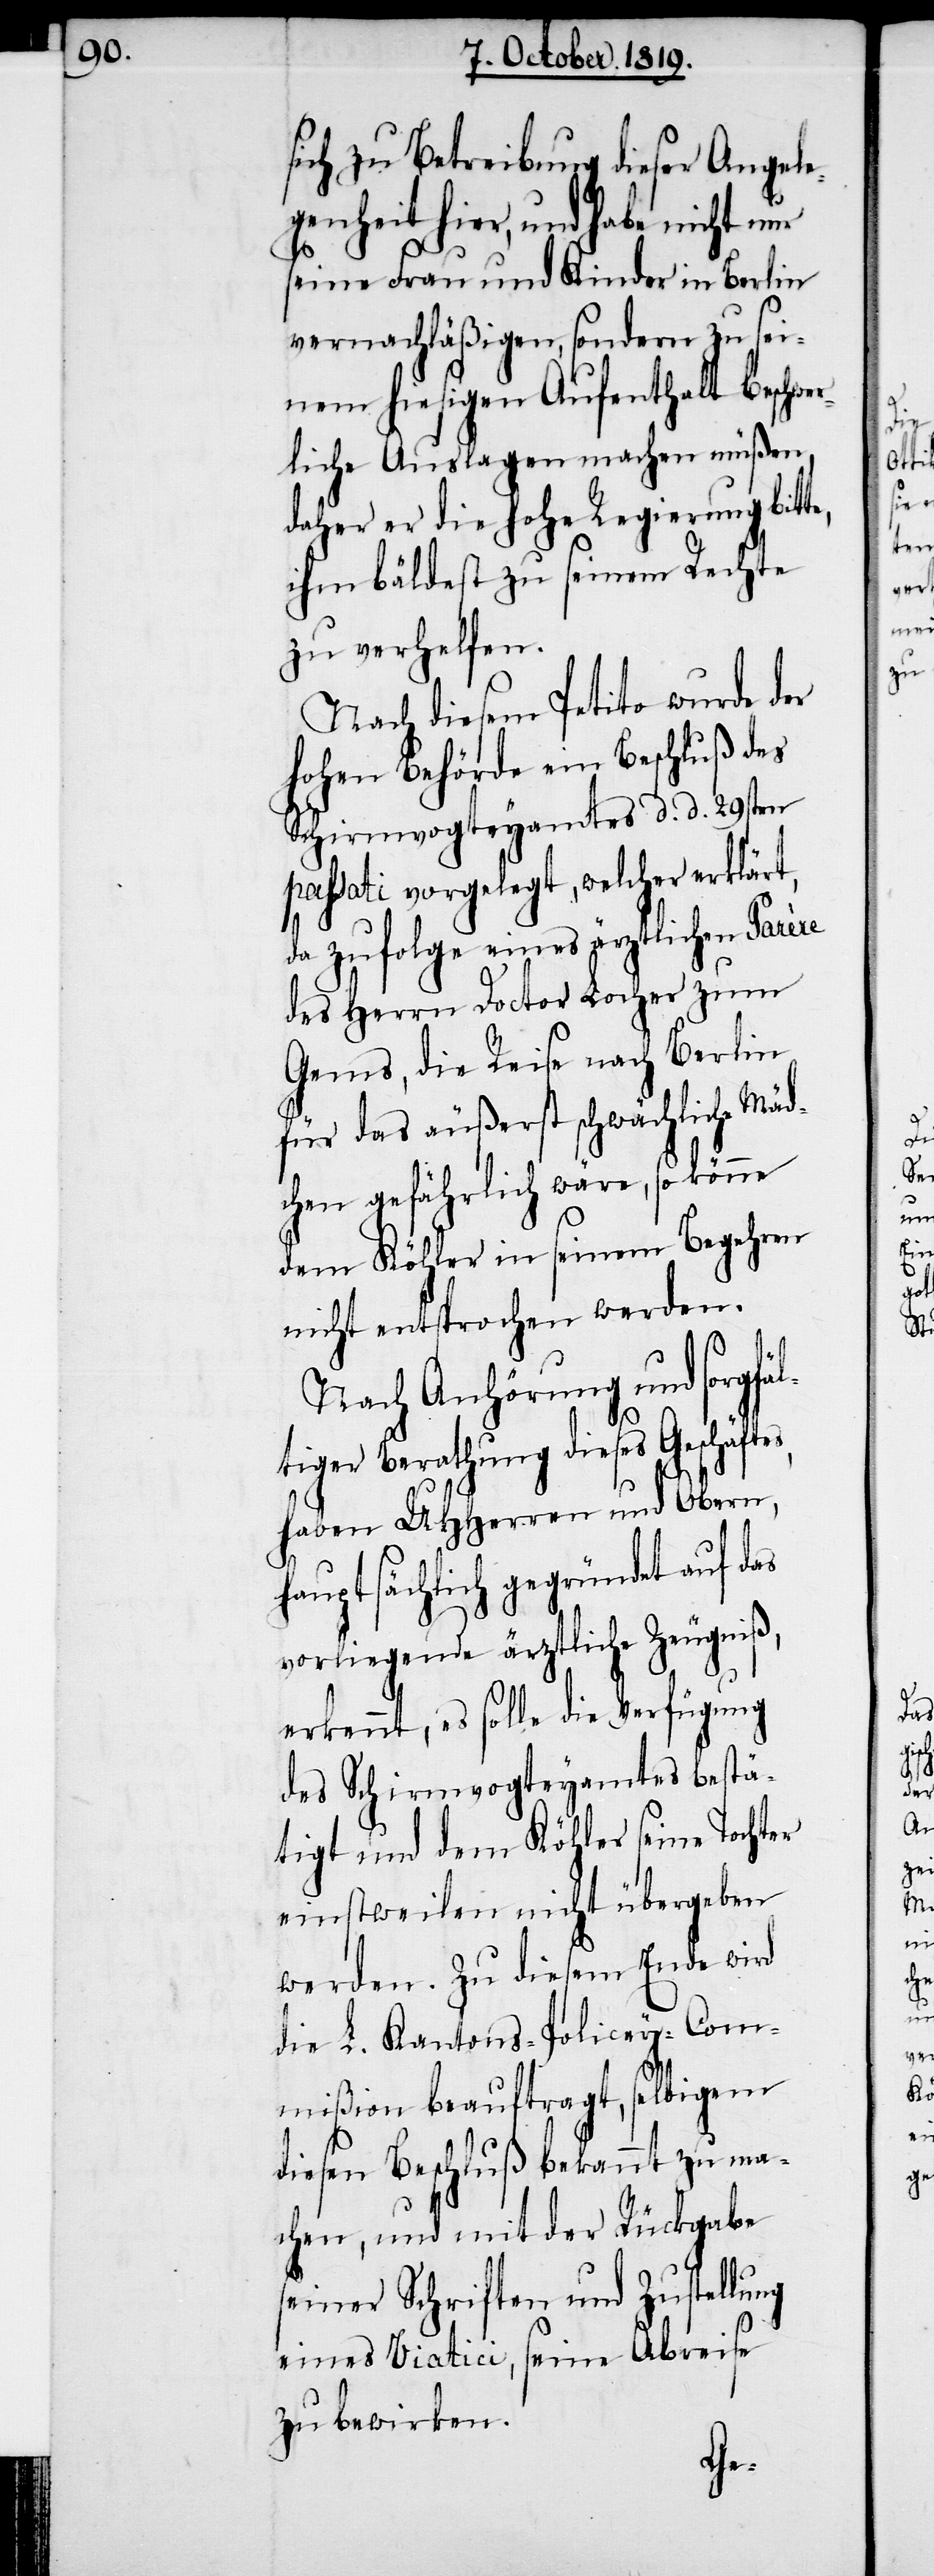
sich zu Betreibung dieser Angele¬
genheit hier, und habe nicht nur
seine Frau und Kinder in Berlin
vernachläßigen, sondern zu sei¬
nem hiesigen Aufenthalt beschwe¬
rliche Auslagen machen müßen,
daher er die hohe Regierung bitte,
ihm bäldest zu seinem Rechte
zu verhelfen.
Nach disem Petito wurde der
hohen Behörde ein Beschluß des
Schirmvogteyamtes d. d. 29sten
passati vorgelegt, welcher erklärt,
da zufolge eines ärztlichen Parère
des Herrn Doctor Locher zum
Gems, die Reise nach Berlin
für das äußerst schwächliche Mäd¬
chen gefährlich wäre, so könne
dem Köhler in seinem Begehren
nicht entsprochen werden.
Nach Anhörung und sorgfä¬
ltiger Berathung dieses Geschäftes,
haben UHHerren und Obern,
hauptsächlich gegründet auf das
vorliegende ärztliche Zeugniß,
erkennt, es solle die Verfügung
des Schirmvogteyamtes bestä¬
tigt und dem Köhler seine Tochter
einstweilen nicht übergeben
werden. Zu diesem Ende wird
die L. Kantons-Policey-Com¬
mißion beauftragt, selbigem
diesen Beschluß bekannt zu ma¬
chen, und mit der Rückgabe
seiner Schriften und Zustellung
eines Viatici, seine Abreise
zu bewirken.